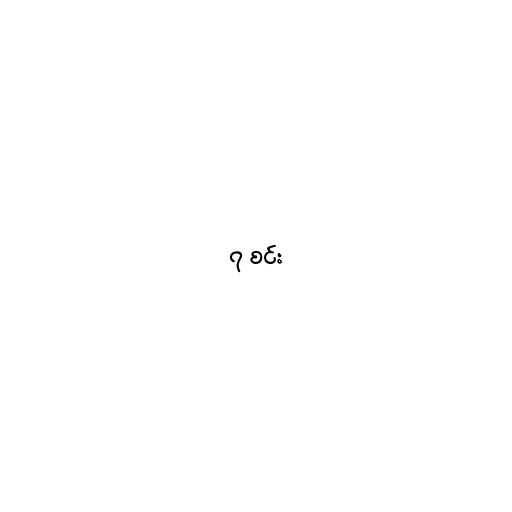
၇ စင်း